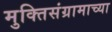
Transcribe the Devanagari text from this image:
मुक्तिसंग्रामाच्या